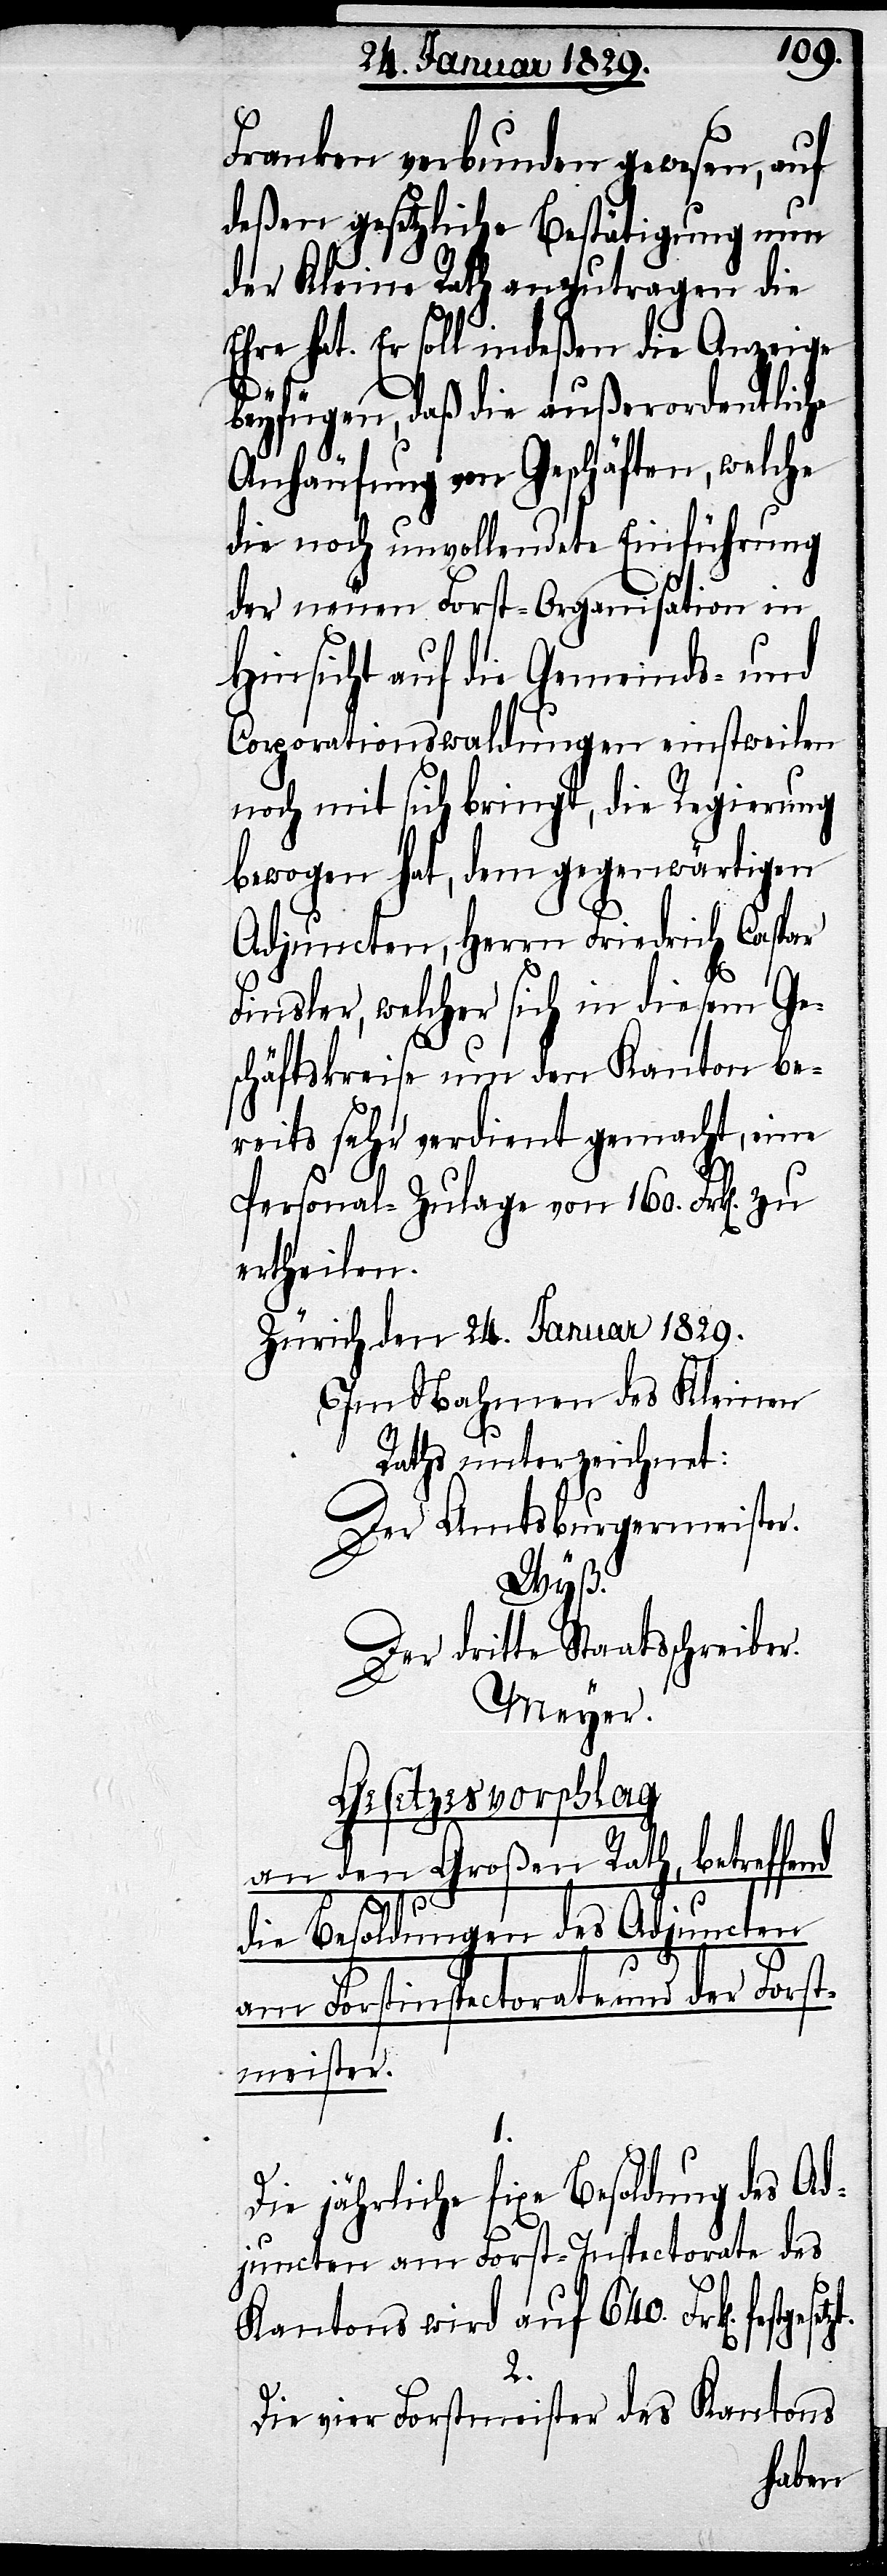
Franken verbunden gewesen, auf
deßen gesetzliche Bestätigung nun
der Kleine Rath anzutragen die
Ehre hat. Er soll indeßen die Anzeige
beyfügen, daß die außerordentliche
Anhäufung von Geschäften, welche
die noch unvollendete Einführung
der neuen Forst-Organisation in
Hinsicht auf die Gemeinds- und
Corporationswaldungen einstweilen
noch mit sich bringt, die Regierung
bewogen hat, dem gegenwärtigen
Adjuncten, Herrn Friedrich Caspar
Finsler, welcher sich in diesem Ge¬
schäftskreise um den Kanton be¬
reits sehr verdient gemacht, eine
Personal-Zulage von 160. Frk[en].
ertheilen.
Zürich den 24. Januar 1829.
Im Nahmen des Kleinen
Raths unterzeichnet:
Der Amtsburgermeister.
Wyß.
Der dritte Staatsschreiber.
Meyer.
Gesetzesvorschlag
an den Großen Rath, betreffend
die Besoldung des Adjuncten
am Forstinspectorate und der Forst¬
meister
1.
Die jährliche fixe Besoldung des Ad¬
juncten am Forst-Inspectorate des
Kantons wird auf 640. Frk[en].
2.
Die vier Forstmeister des Kantons